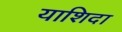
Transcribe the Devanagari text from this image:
याशिदा